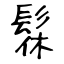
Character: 髹